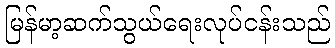
မြန်မာ့ဆက်သွယ်ရေးလုပ်ငန်းသည်